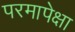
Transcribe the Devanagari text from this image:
परमापेक्षा